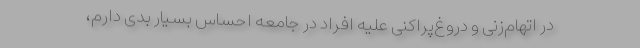
در اتهام‌زنی و دروغ‌پراکنی علیه افراد در جامعه احساس بسیار بدی دارم،